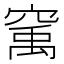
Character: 𱷇